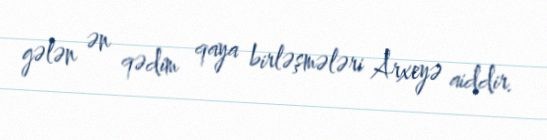
gələn ən qədim qaya birləşmələri Arxeyə aiddir.